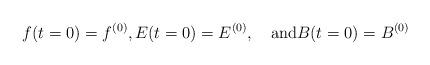
LaTeX: \begin{align*} f(t=0)=f^{(0)},E(t=0)=E^{(0)},\quad\mbox{and} B(t=0)=B^{(0)}\end{align*}